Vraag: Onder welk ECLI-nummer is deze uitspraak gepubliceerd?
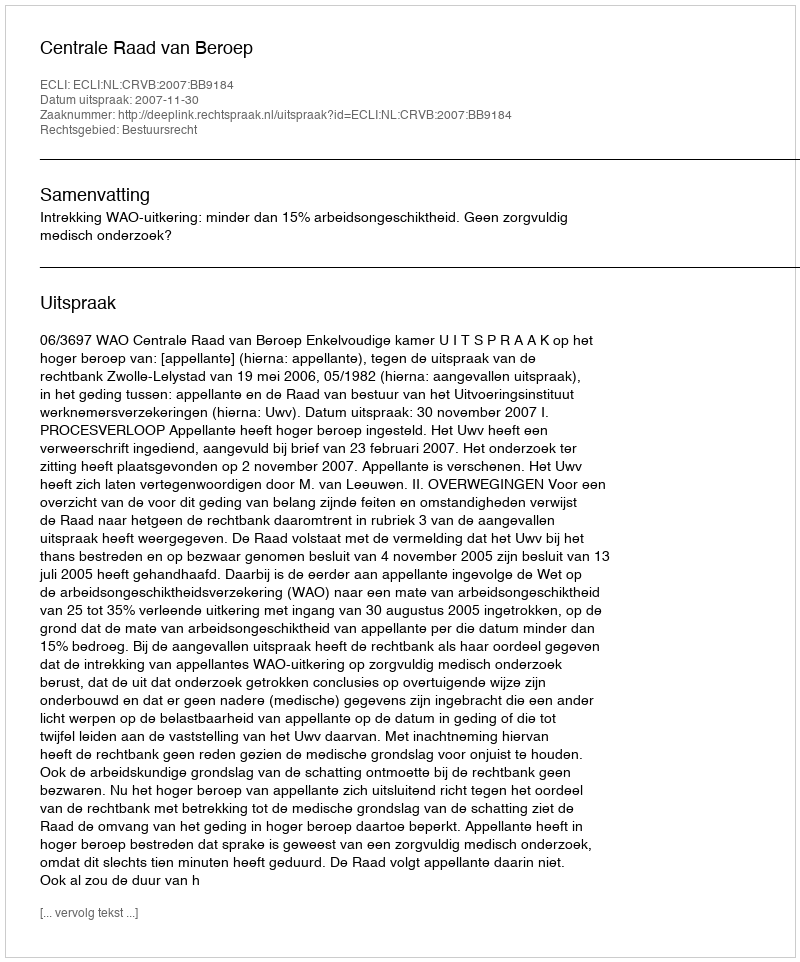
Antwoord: ECLI:NL:CRVB:2007:BB9184